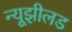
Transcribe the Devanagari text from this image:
न्यूझीलड